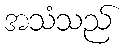
အသံသည်